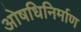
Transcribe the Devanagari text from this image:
ओषधिनिर्माण